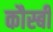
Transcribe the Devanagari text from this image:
कौस्बी